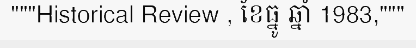
"""Historical Review , ខែធ្នូ ឆ្នាំ 1983,"""